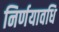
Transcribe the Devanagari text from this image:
निर्णयावधि